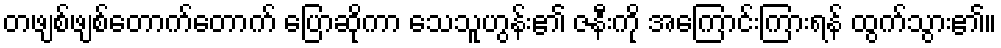
တဖျစ်ဖျစ်တောက်တောက် ပြောဆိုကာ သေသူဟွန်း၏ ဇနီးကို အကြောင်းကြားရန် ထွက်သွား၏။